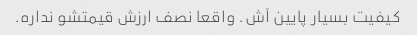
کیفیت بسیار پایین آش. واقعا نصف ارزش قیمتشو نداره.